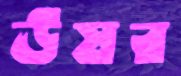
ঊষর